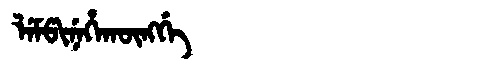
Manchu: ᠯᡝᠮᡦᡳᠨᡝᡥᠠᡴᡡᠩᡤᡝ
Romanization: LEMPINEHAKŪNGGE